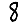
Digit: 8